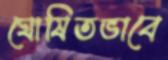
ঘোষিতভাবে